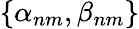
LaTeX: \left\{ \alpha_{nm},\beta_{nm}\right\}